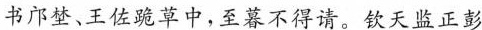
书邝梦、王佐跪草中，至暮不得请。钦天监正彭